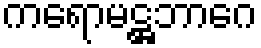
ကရောမဋ္ဌဘာဂေ